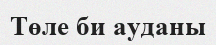
Төле би ауданы